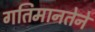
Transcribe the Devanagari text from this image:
गतिमानतेने